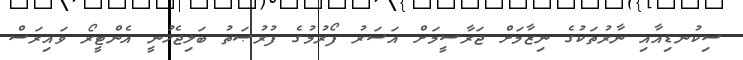
ސިކުނޑިއާއި ނާރުތަކުގެ ނިޒާމަށް ޖަރާސީމަށް އަސަރު ފޯރުމުގެ ފުރުޞަތު ބަލިޖެހުނީ އެންޓީރޯ ވައިރަސް